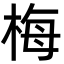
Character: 梅